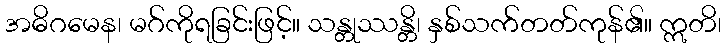
အဓိဂမေန၊ မဂ်ကိုရခြင်းဖြင့်။ သန္တုဿန္တိ၊ နှစ်သက်တတ်ကုန်၏။ ဣတိ၊